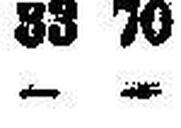
— —